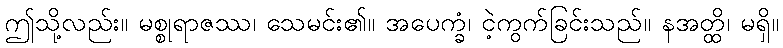
ဤသို့လည်း။ မစ္စုရာဇဿ၊ သေမင်း၏။ အပေက္ခံ၊ ငဲ့ကွက်ခြင်းသည်။ နအတ္ထိ၊ မရှိ။